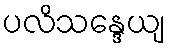
ပလိသန္ဒေယျ